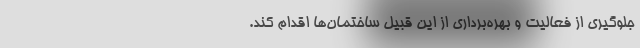
جلوگیری از فعالیت و بهره‌برداری از این قبیل ساختمان‌ها اقدام کند.